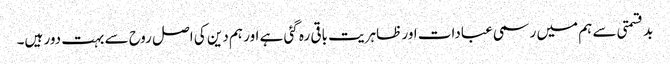
بد قسمتی سے ہم میں رسمی عبادات اور ظاہریت باقی رہ گئی ہے اور ہم دین کی اصل روح سے بہت دور ہیں۔